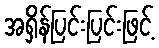
အရှိန်ပြင်းပြင်းဖြင့်